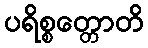
ပရိစ္စတ္တောတိ